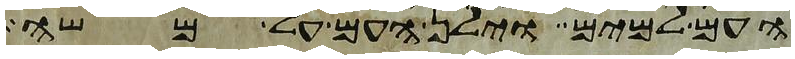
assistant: העם למים וילן העם על משה